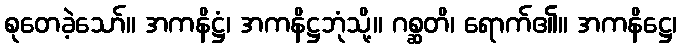
စုတေခဲ့သော်။ အကနိဋ္ဌံ၊ အကနိဋ္ဌဘုံသို့။ ဂစ္ဆတိ၊ ရောက်၏။ အကနိဋ္ဌေ၊